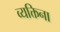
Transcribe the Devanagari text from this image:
व्यक्तिना